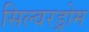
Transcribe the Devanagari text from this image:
सिल्वरड्रोम